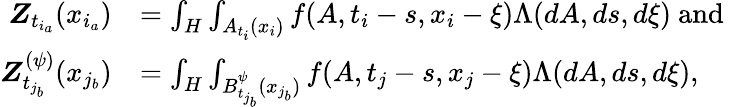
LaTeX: \begin{array}{rl}{\boldsymbol{Z}_{t_{i_{a}}}(x_{i_{a}})}&{=\int_{H}\int_{A_{t_{i}}(x_{i})}f(A,t_{i}-s,x_{i}-\xi)\Lambda(dA,ds,d\xi)\mathrm{~and~}}\\ {\boldsymbol{Z}_{t_{j_{b}}}^{(\psi)}(x_{j_{b}})}&{=\int_{H}\int_{B_{t_{j_{b}}}^{\psi}(x_{j_{b}})}f(A,t_{j}-s,x_{j}-\xi)\Lambda(dA,ds,d\xi),}\end{array}